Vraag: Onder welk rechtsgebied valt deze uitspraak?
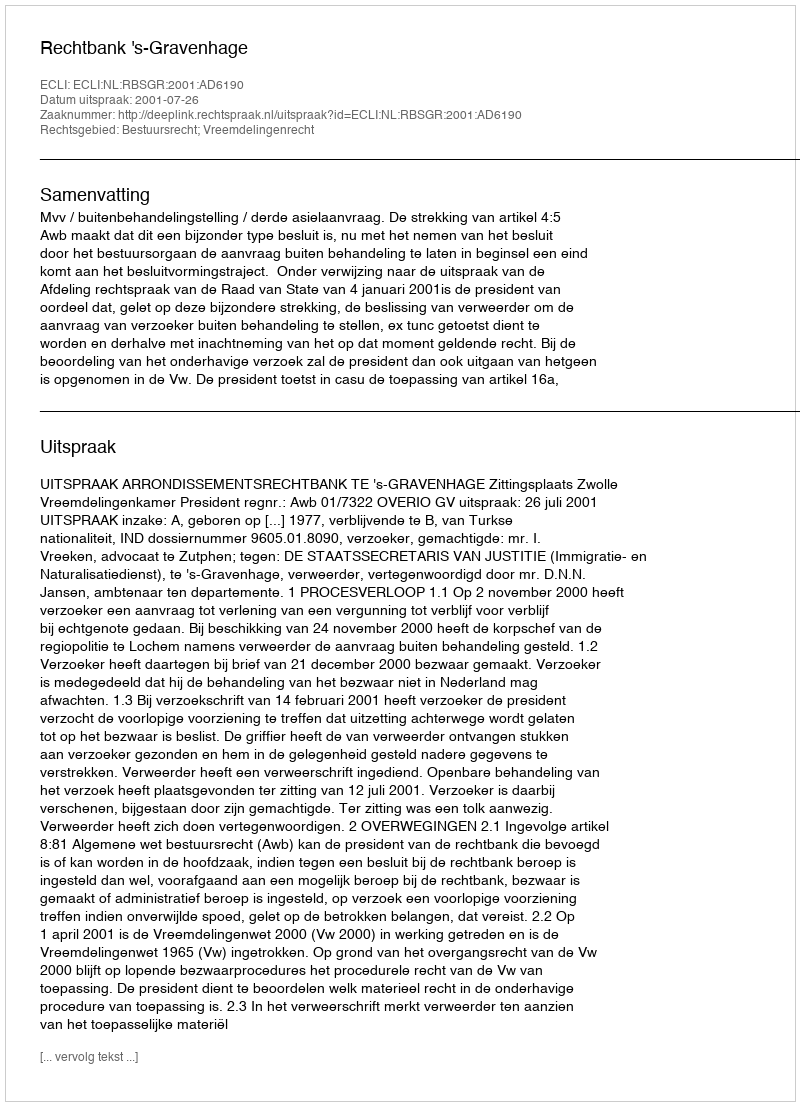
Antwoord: Bestuursrecht; Vreemdelingenrecht